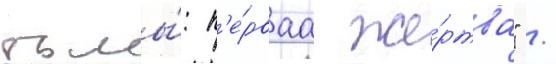
тьмы́: п'е́рваа же́ртва" /